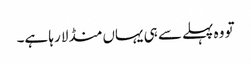
تو وہ پہلے سے ہی یہاں منڈلا رہا ہے۔